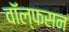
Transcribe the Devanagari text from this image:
वॉल्फसन